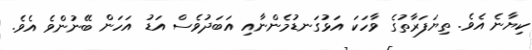
ކިޔާނެ އެވެ. ތިޔަފަރާތުގެ ވާހަކަ އަޅުގަނޑުމެންނާއި އަބަދުވެސް އަޑު އަހަން ބޭނުންވެ އެވެ.